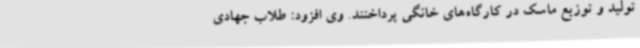
تولید و توزیع ماسک در کارگاه‌های خانگی پرداختند. وی افزود: طلاب جهادی